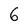
Character: 6